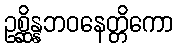
ဥစ္ဆိန္နဘဝနေတ္တိကော